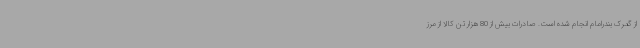
از گمرک بندرامام انجام شده است. صادرات بیش از 80 هزار تن کالا از مرز